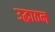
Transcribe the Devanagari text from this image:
उद्धाठन